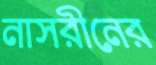
নাসরীনের